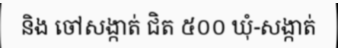
និង ចៅសង្កាត់ ជិត ៥០០ ឃុំ-សង្កាត់